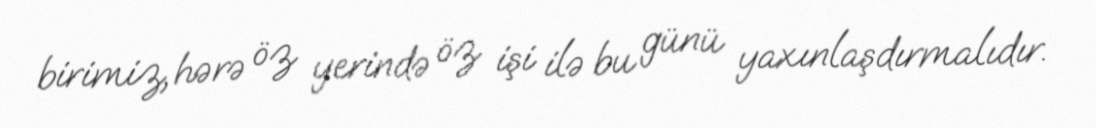
birimiz, hərə öz yerində öz işi ilə bu günü yaxınlaşdırmalıdır.